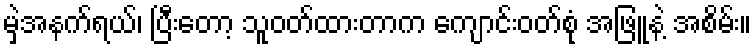
မှဲ့အနက်ရယ်၊ ပြီးတော့ သူဝတ်ထားတာက ကျောင်းဝတ်စုံ အဖြူနဲ့ အစိမ်း။